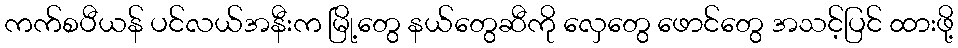
ကက်စပီယန် ပင်လယ်အနီးက မြို့တွေ နယ်တွေဆီကို လှေတွေ ဖောင်တွေ အသင့်ပြင် ထားဖို့